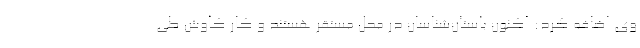
وی اضافه کرد: اکنون باستان‌شناسان در محل مستقر هستند و کار کاوش طی